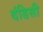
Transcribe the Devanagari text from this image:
दंडिसी